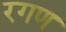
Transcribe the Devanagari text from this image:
रगण